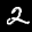
Label: 2